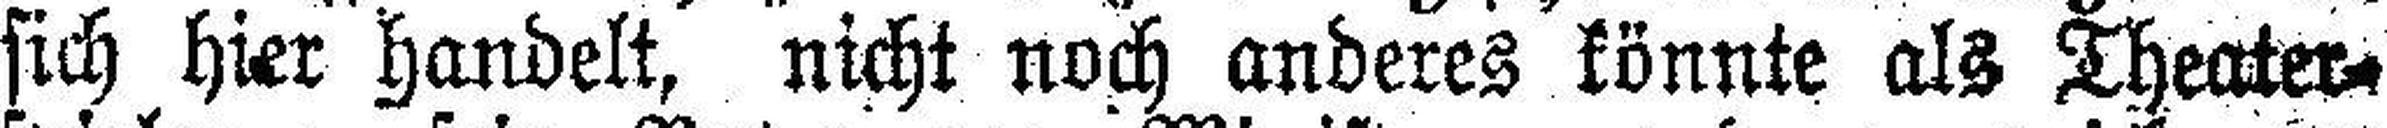
sich hier handelt, nicht noch anderes könnte als Theater¬